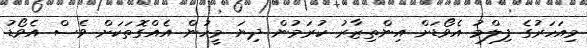
މިއަހަރުގެ ފިލްމު އެވޯޑަށް އިންތިޒާރު ކުރަމުން ދިޔަ މީހުން އެއްގޮތަކަށް ވެސް އެވޯޑު